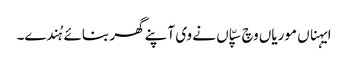
ایہناں موریاں وچ سپّاں نے وی آپنے گھر بنائے ہُندے۔